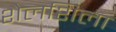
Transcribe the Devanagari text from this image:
शेलशिला